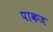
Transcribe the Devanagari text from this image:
पाकज